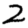
Digit: 2